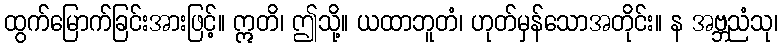
ထွက်မြောက်ခြင်းအားဖြင့်။ ဣတိ၊ ဤသို့။ ယထာဘူတံ၊ ဟုတ်မှန်သောအတိုင်း။ န အဗ္ဘညံသု၊